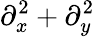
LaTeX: \partial_{x}^{2}+\partial_{y}^{2}